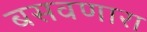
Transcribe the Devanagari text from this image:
बसवणारा